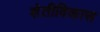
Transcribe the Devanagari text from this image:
शेतीविकास